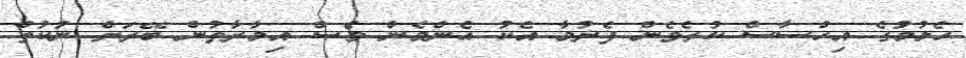
ހެލުމުގެ އިހްސާސް ކުރެވެން ފެށުމާ އެކު އެންމެން ވެސް އިމާރާތުން ބޭރަށް ނުކުތް